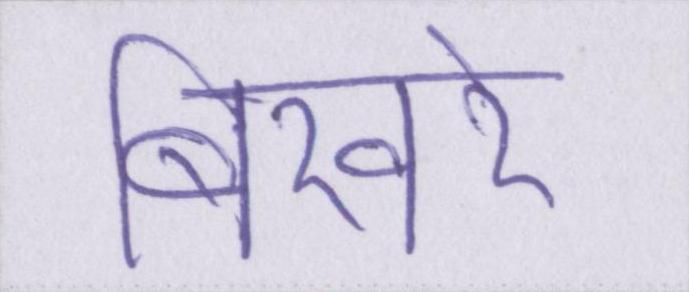
बिखरे